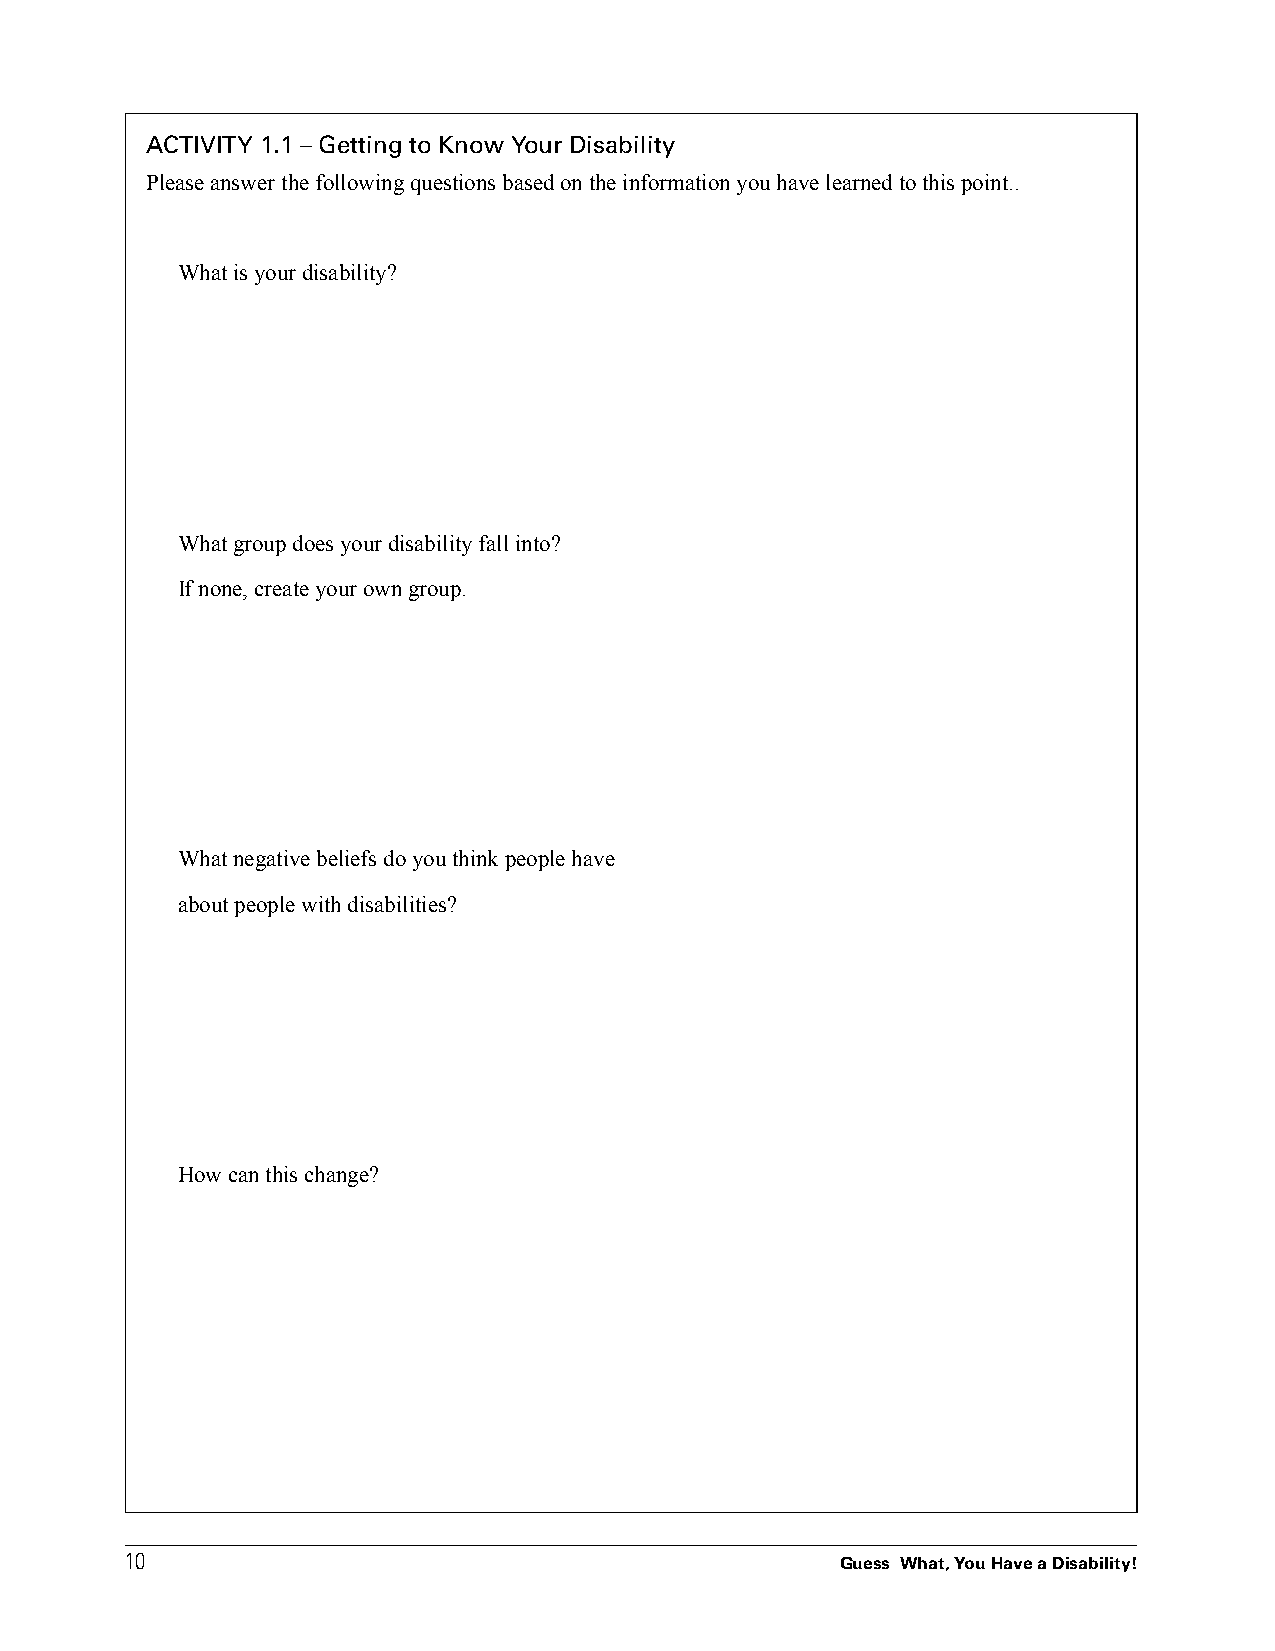
ACTIVITY 1.1 – Getting to Know Your Disability
 Please answer the following questions based on the information you have learned to this point..
 What is your disability?
 What group does your disability fall into?
 If none, create your own group.
 What negative beliefs do you think people have
 about people with disabilities?
 How can this change?
 1100
 Guess What, You Have a Disability!